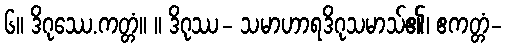
၆။ ဒိဂုဿေ.ကတ္တံ။ ။ ဒိဂုဿ- သမာဟာရဒိဂုသမာသ်၏၊ ဧကတ္တံ-